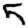
Digit: 5